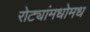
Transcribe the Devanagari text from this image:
रोट्यांमधोमध